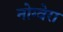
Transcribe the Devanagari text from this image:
नोग्वेरा